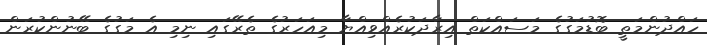
ހައްދުންމަތީ ބޮޑުމަގުގެ މަސައްކަތް އިރާދަކުރެއްވިއްޔާ މިއަހަރުގެ ތެރޭގައި ނިމި އެ މަގުގެ ބޭނުންކުރަން